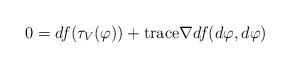
LaTeX: \begin{align*}0=df(\tau_V(\varphi))+\mathrm{trace} \nabla df(d\varphi,d\varphi)\end{align*}